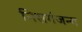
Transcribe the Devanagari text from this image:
निसर्गजन्य